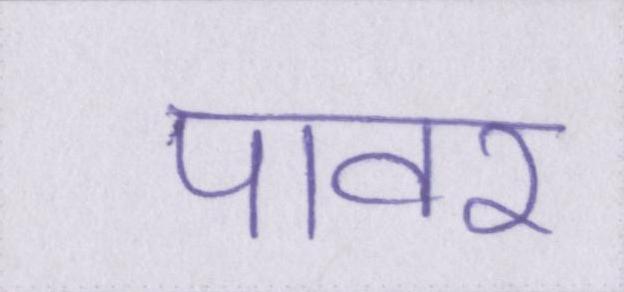
पावर